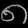
Digit: ၈